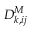
D _ { k , i j } ^ { M }